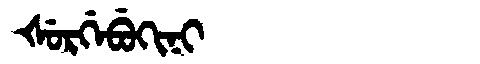
Manchu: ᡧᡠᡵᡤᡝᠪᡠᡴᡳᠨᡳ
Romanization: ŠURGEBUKINI